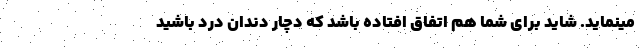
مینماید. شاید برای شما هم اتفاق افتاده باشد که دچار دندان درد باشید